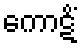
ကောဋိံ